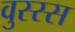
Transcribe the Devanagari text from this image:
वुस्स्स